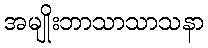
အမျိုးဘာသာသာသနာ